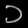
Digit: ၁